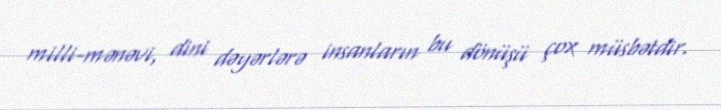
milli-mənəvi, dini dəyərlərə insanların bu dönüşü çox müsbətdir.